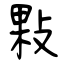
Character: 敤